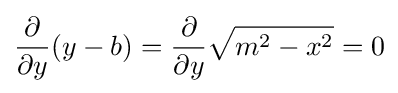
{\frac {\partial }{\partial y}}(y-b)={\frac {\partial }{\partial y}}{\sqrt {m^{2}-x^{2}}}=0